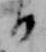
日